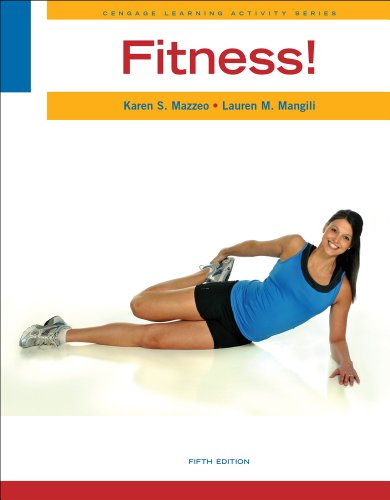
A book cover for Fitness! (Cengage Learning Activity); Karen S. Mazzeo; Health, Fitness & Dieting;